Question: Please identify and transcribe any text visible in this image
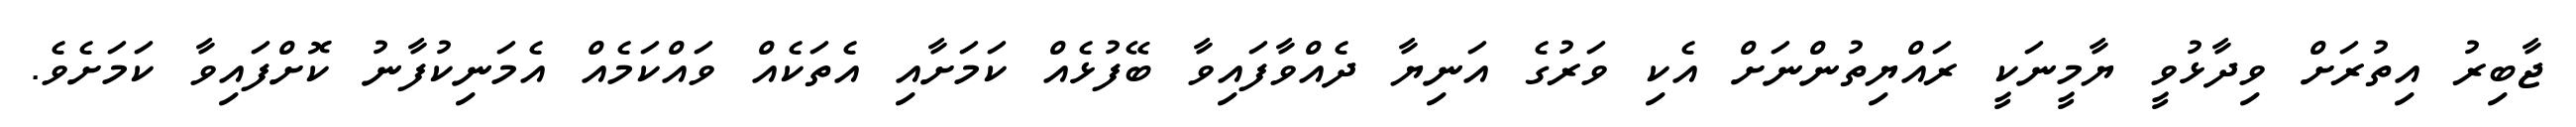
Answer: ޖާބިރު އިތުރަށް ވިދާޅުވީ ޔާމީނަކީ ރައްޔިތުންނަށް އެކި ވަރުގެ އަނިޔާ ދެއްވާފައިވާ ބޭފުޅެއް ކަމަށާއި އެތަކެއް ވައްކަމެއް އެމަނިކުފާނު ކޮށްފައިވާ ކަމަށެވެ.